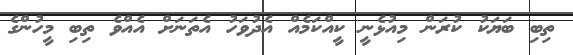
ތިބި ބަޔަކު ކުރަން މިއުޅެނީ ކީއްކަމެއް އެދުވަހު އެތަނަށް އެއްވެ ތިބި މީހުންގެ